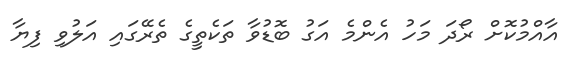
އާއްމުކޮށް ރޯދަ މަހު އެންމެ އަގު ބޮޑުވާ ތަކެތީގެ ތެރޭގައި އަލުވި ފިޔާ